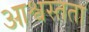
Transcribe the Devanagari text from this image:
आश्वस्तता